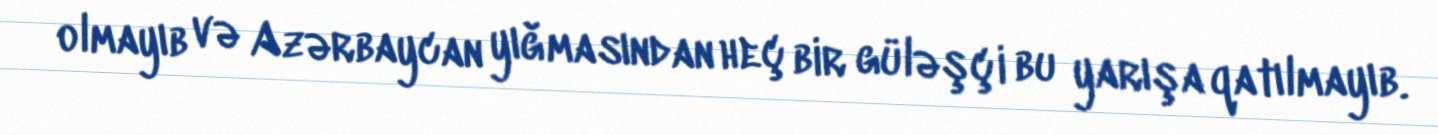
olmayıb və Azərbaycan yığmasından heç bir güləşçi bu yarışa qatılmayıb.